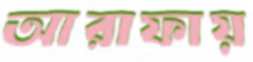
আরাফায়